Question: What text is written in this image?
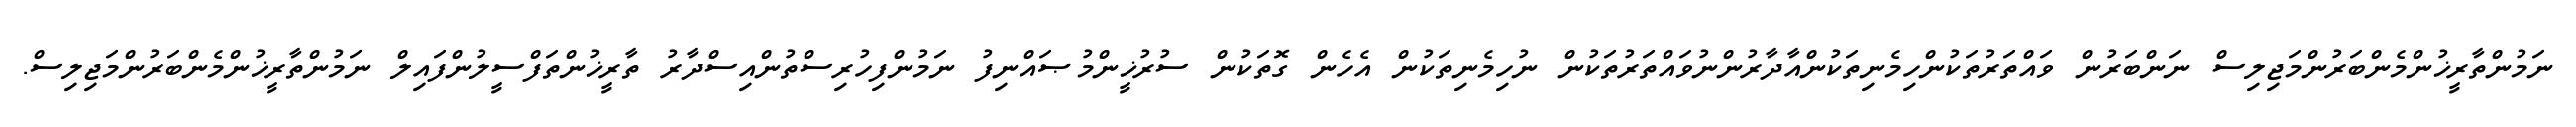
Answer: ނަމުންތާރީޚުންމެންބަރުންމަޖިލިސް ނަންބަރުން ވައްތަރުތަކުންހިމެނިތަކުންއާދާރުންނުވައްތަރުތަކުން ނުހިމެނިތަކުން އެހެން ގޮތަކުން ސުރުޚީންމުޞައްނިފު ނަމުންފިހުރިސްތުންއިސްދާރު ތާރީޚުންތަފްސީލުންފައިލް ނަމުންތާރީޚުންމެންބަރުންމަޖިލިސް.